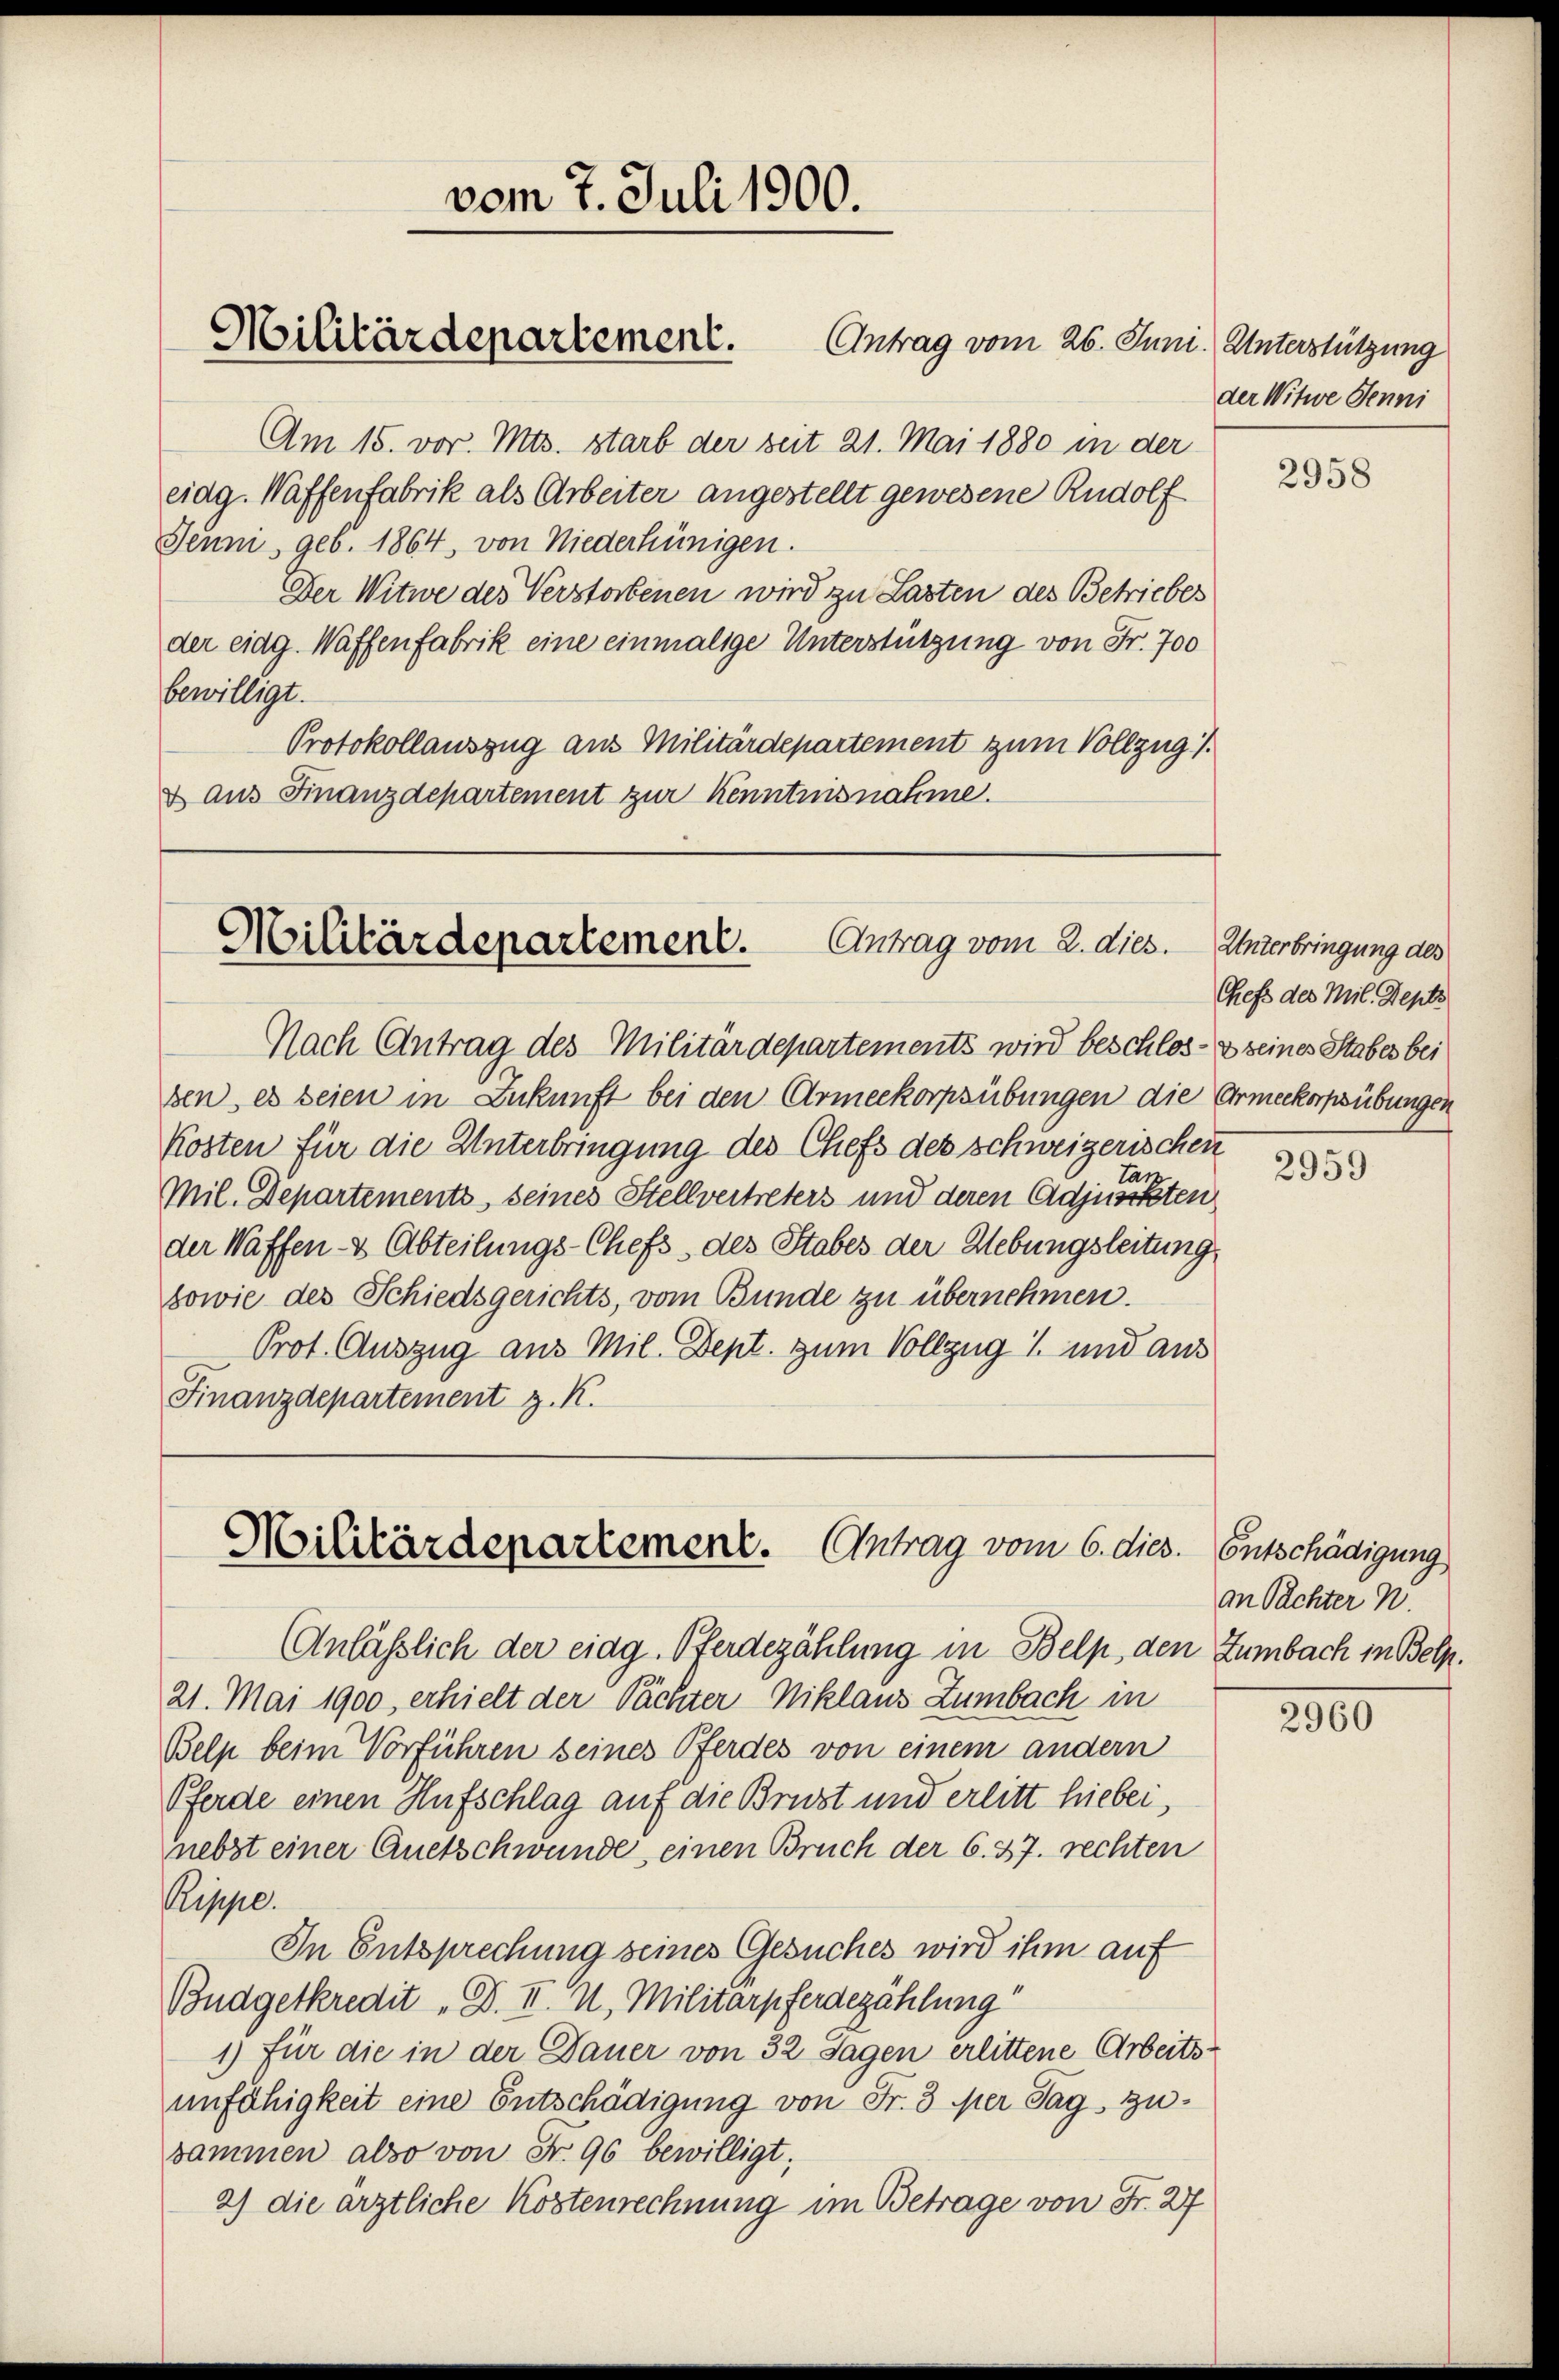
vom 7. Juli 1900.

Militärdepartement. Antrag vom 26. Juni. Unterstützung

Militärdepartement.
Antrag vom 2. dies. Unterbringung des

Am 15. vor. Mts. starb der seit 21. Mai 1880 in der
eidg. Waffenfabrik als Arbeiter angestellt gewesene Rudolf
Jenni, geb. 1864, von Niederhünigen.
Der Witwe des Verstorbenen wird zu Lasten des Betriebes
der eidg. Waffenfabrik eine einmalige Unterstützung von Fr. 700
bewilligt.
Protokollauszug aus Militärdepartement zum Vollzug.
& aus Finanzdepartement zur Kenntnisnahme.

Militärdepartement. Antrag vom 6. dies. Entschädigung

der Witwe Jenni

Nach Antrag des Militärdepartements wird beschlos- & seines Stabes bei
sen, es seien in Zukunft bei den Armeekorpsübungen die Ermeekorpsübungen
Kosten für die Unterbringung des Chefs des schweizerischen
Mil. Departements, seines Stellvertreters und deren Adjuncte testen
der Waffen- & Abteilungs-Chefs des Stabes der Hebungsleitung
sowie des Schiedsgerichts, vom Bunde zu übernehmen.
Prot. Auszug aus Mil. Dept. zum Vollzug 1 und aus
Finanzdepartement z. K.

Anläßlich der eidg. Pferdezählung in Belp, den Zumbach in Belp.
21. Mai 1900, erhielt der Pächter Niklaus Zumbach in
Belp beim Vorführen seines Pferdes von einem andern
Pferde einen Aufschlag auf die Brust und erlitt hiebei,
nebst einer Quetschwunde, einen Bruch der 6. 37. rechten
Krippe.
In Entsprechung seines Gesuches wird ihm auf
Budgetkredit „D. II. u. Militarpferdezählung
1) für die in der Dauer von 32 Tagen erlittene Arbeits-
unfähigkeit eine Entschädigung von Fr. 3 mer Tag, zusammen also von Nr. 96 bewilligt;
2) die ärztliche Kostenrechnung im Betrage von Fr. 27

2958

Chefs des Mil. Depts

2959

an Pächter W.

2960